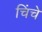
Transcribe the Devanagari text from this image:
चिंचे